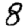
Digit: 8